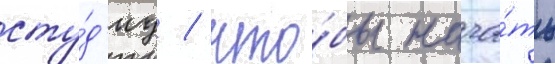
сту́д'иу / что́бы нача́ть